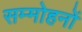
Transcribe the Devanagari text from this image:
सम्मोहनों